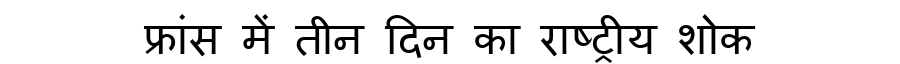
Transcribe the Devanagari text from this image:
फ्रांस में तीन दिन का राष्ट्रीय शोक